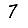
Digit: 7